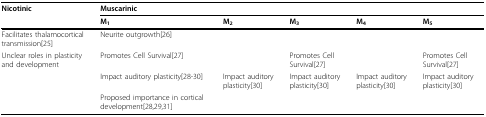
<table><thead><tr><td><b>Nicotinic</b></td><td colspan="5"><b>Muscarinic</b></td></tr><tr><td></td><td><b>M<sub>1</sub></b></td><td><b>M<sub>2</sub></b></td><td><b>M<sub>3</sub></b></td><td><b>M<sub>4</sub></b></td><td><b>M<sub>5</sub></b></td></tr></thead><tbody><tr><td>Facilitates thalamocortical transmission[25]</td><td>Neurite outgrowth[26]</td><td></td><td></td><td></td><td></td></tr><tr><td>Unclear roles in plasticity and development</td><td>Promotes Cell Survival[27]</td><td></td><td>Promotes Cell Survival[27]</td><td></td><td>Promotes Cell Survival[27]</td></tr><tr><td></td><td>Impact auditory plasticity[28-30]</td><td>Impact auditory plasticity[30]</td><td>Impact auditory plasticity[30]</td><td>Impact auditory plasticity[30]</td><td>Impact auditory plasticity[30]</td></tr><tr><td></td><td>Proposed importance in cortical development[28,29,31]</td><td></td><td></td><td></td><td></td></tr></tbody></table>